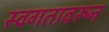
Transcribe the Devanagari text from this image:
स्वगतावरून